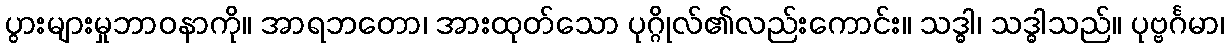
ပွားများမှုဘာဝနာကို။ အာရဘတော၊ အားထုတ်သော ပုဂ္ဂိုလ်၏လည်းကောင်း။ သဒ္ဓါ၊ သဒ္ဓါသည်။ ပုဗ္ဗင်္ဂမာ၊